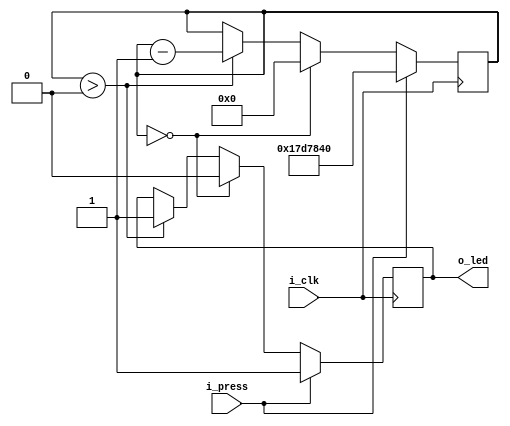
module led_controller (
	input i_clk,
	input i_press,
	
	output reg o_led
);
	
	// Counter
	reg [24:0] r_on_counter = 24'd0;
	
	// Counter block
	always @(posedge i_clk) begin
		if (i_press == 1) begin
			r_on_counter <= 26'd25_000_000;
			o_led <= 1;
		end
		else if (r_on_counter == 0) begin
			r_on_counter <= 0;
			o_led <= 0;
		end
		else if (r_on_counter > 0) begin
			r_on_counter <= r_on_counter - 26'd1;
			o_led <= 1;
		end
	end
	
endmodule